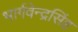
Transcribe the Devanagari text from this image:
भार्गवेन्द्रसिंह